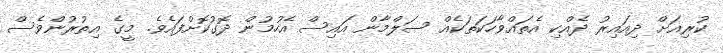
ކުރިއަށް ދިއައިރު ދެއްކި އެތައްވާހަކަތަކެއް ސަލްމާން އައިސް އެހުމުން ދޮގުކޮށްފައެވެ. މީގެ އިތުރުންވެސް